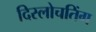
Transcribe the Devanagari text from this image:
दिस्लोचतिंग